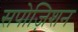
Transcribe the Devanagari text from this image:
सपोज़िशन